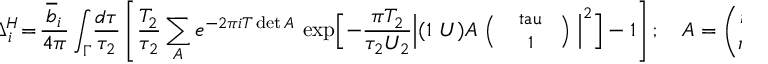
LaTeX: \! \! \Delta _ { i } ^ { H } \! = \! \frac { \overline { { { b } } } _ { i } } { 4 \pi } \int _ { \Gamma } \! \frac { d \tau } { \tau _ { 2 } } \left[ \frac { T _ { 2 } } { \tau _ { 2 } } \sum _ { A } e ^ { - 2 \pi i T \operatorname * { d e t } A } \, \exp \Bigl [ { - \frac { \pi T _ { 2 } } { \tau _ { 2 } U _ { 2 } } \Bigl \vert ( 1 ~ U ) A \mathrm { \small ~ \Bigl ( \! \! ~ \begin{array} { c } { { ~ \ t a u ~ } } \\ { { ~ 1 } } \end{array} ~ \! \! \Bigl ) ~ } \Bigr \vert ^ { 2 } } \Bigr ] - 1 \right] ; \quad A = \left( \! \! \! \begin{array} { c c } { { n _ { 1 } } } & { { p _ { 1 } } } \\ { { n _ { 2 } } } & { { p _ { 2 } } } \end{array} \! \! \! \right) \! \!